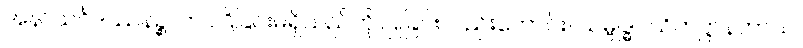
အနာသင်္ဂဒဿနဉ္စ၊ ကပ်ငြိခြင်းမရှိသည်ကို ပြုခြင်းလည်းကောင်း။ သမ္ဗုဒ္ဓဝသိတဋ္ဌာနတာယ၊